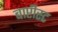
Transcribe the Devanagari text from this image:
बाप्टीस्ट